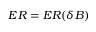
E R = E R ( \delta B )